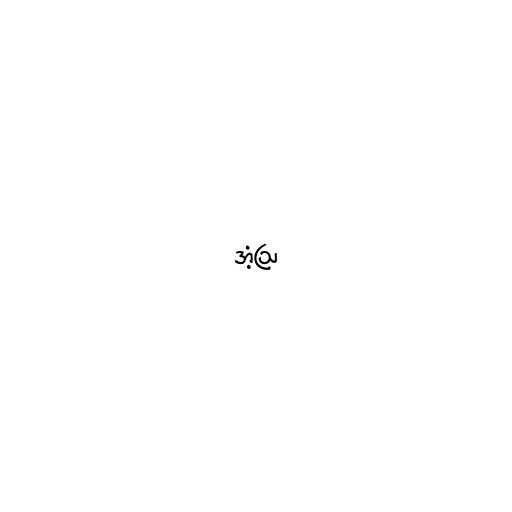
အံ့ဩ